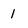
Character: 1